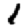
Digit: 1